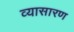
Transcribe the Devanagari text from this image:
व्यासारण